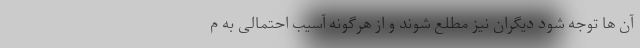
آن ها توجه شود دیگران نیز مطلع شوند و از هرگونه آسیب احتمالی به م